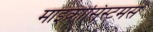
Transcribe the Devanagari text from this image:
माइक्रोसिस्टमस